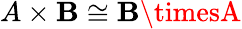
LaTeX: A\times\mathbf{B}\cong\mathbf{B}\timesA